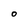
Character: O